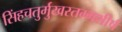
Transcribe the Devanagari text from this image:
सिंहचतुर्मुखस्तम्भशीर्ष